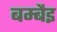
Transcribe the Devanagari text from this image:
बम्बैइ